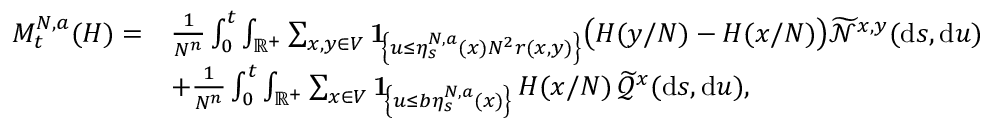
\begin{array} { r l } { M _ { t } ^ { N , a } ( H ) = } & { \frac { 1 } { N ^ { n } } \int _ { 0 } ^ { t } \int _ { \mathbb R ^ { + } } \sum _ { x , y \in V } \mathbf { 1 } \! _ { \left\{ u \leq \eta _ { s } ^ { N , a } ( x ) N ^ { 2 } r ( x , y ) \right\} } \big ( H ( y / N ) - H ( x / N ) \big ) \widetilde { \mathcal N } ^ { x , y } ( \mathrm { d } s , \mathrm { d } u ) } \\ & { + \frac { 1 } { N ^ { n } } \int _ { 0 } ^ { t } \int _ { \mathbb R ^ { + } } \sum _ { x \in V } \mathbf { 1 } \! _ { \left\{ u \leq b \eta _ { s } ^ { N , a } ( x ) \right\} } \, H ( x / N ) \, \widetilde { { \mathcal Q } } ^ { x } ( \mathrm { d } s , \mathrm { d } u ) , } \end{array}